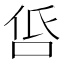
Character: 𠱧